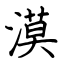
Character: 漠